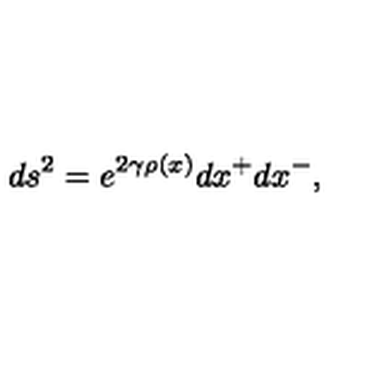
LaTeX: d s ^ { 2 } = e ^ { 2 \gamma \rho ( x ) } d x ^ { + } d x ^ { - } ,